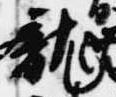
龍